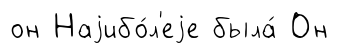
он Наjибо́л'еjе была́ Он